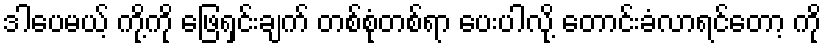
ဒါပေမယ့် ကို့ကို ဖြေရှင်းချက် တစ်စုံတစ်ရာ ပေးပါလို့ တောင်းခံလာရင်တော့ ကို